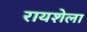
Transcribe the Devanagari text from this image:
रायशेला